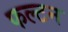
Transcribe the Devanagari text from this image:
फल्टन